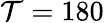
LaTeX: \mathcal{T}=180